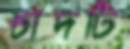
চাঁদটি